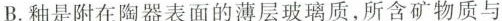
B.釉是附在陶器表面的薄层玻璃质,所含矿物质与